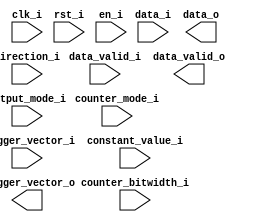
//********************************************
//********************************************
//**                                        **
//** This template is created automatically **
//** Do not change this file, it is only to **
//** be used as an instatiation template for**
//** a black box.                           **
//**                                        **
//********************************************
//********************************************

//////////////////////////////////////////////////////////////////////////////////
// 
// Copyright  2009 Signal Processing Devices Sweden AB. All rights reserved.
//
// Module Name:    counter test pattern generator for v5 products
// Project Name:   ADQ
// Revision:       $Revision: 19245 $
// Description:    
//
//////////////////////////////////////////////////////////////////////////////////

module counter_test_pattern_v5
  #(
       parameter BITSPERSAMPLE = 16,
       parameter PARALLELSAMPLESPERCHANNEL = 2,
       parameter CHANNELS = 2
    )
    (
      input wire clk_i,
      input wire rst_i,                             //Reset counter to startin point e.i ZERO, ONLY AFFECT COUNTER! Not the data passed thru.
      input wire en_i,                              //If set to low, will hold current counter value, ONLY AFFECT COUNTER!  Not the data passed thru.
      input wire [2:0] output_mode_i,               //Check the case below, chose channel to output counter value or data.
      input wire [1:0] direction_i,                 //Direction for the counter patter. Up only, down only or up and down.
      input wire [BITSPERSAMPLE-1:0] counter_bitwidth_i,
      
      input wire [(PARALLELSAMPLESPERCHANNEL*CHANNELS)-1:0] trigger_vector_i,                                      //Trigger vector to pass thru.
      input wire [2:0] counter_mode_i,
      input wire signed [15:0] constant_value_i,                                                                   //A constant value used in various mode in combination with counter_mode_i.
      input wire data_valid_i,
      input wire [(PARALLELSAMPLESPERCHANNEL*BITSPERSAMPLE*CHANNELS)-1:0] data_i,                                  //Data should be ordered like this: B-MSS, B-LSS, A-MSS, A-LSS
      
      output wire [(PARALLELSAMPLESPERCHANNEL*BITSPERSAMPLE*CHANNELS)-1:0] data_o,
      output reg [(PARALLELSAMPLESPERCHANNEL*CHANNELS)-1:0] trigger_vector_o,
      output reg data_valid_o
    );
endmodule